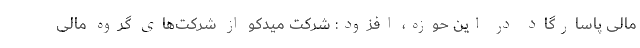
مالی پاسارگاد در این حوزه، افزود: شرکت میدکو از شرکت‌های گروه مالی